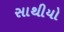
સાથીયો